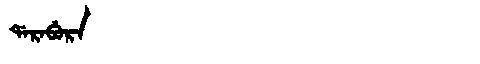
Manchu: ᡩᠠᡵᠠᠪᡠᡵᠠ
Romanization: DARABURA